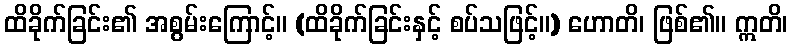
ထိခိုက်ခြင်း၏ အစွမ်းကြောင့်။ (ထိခိုက်ခြင်းနှင့် စပ်သဖြင့်။) ဟောတိ၊ ဖြစ်၏။ ဣတိ၊